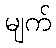
မျက်